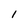
Character: 1